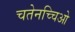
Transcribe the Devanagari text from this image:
चतेनच्चिओ